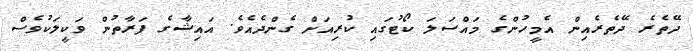
ދޭތެރެ ދޭތެރެއިން އެމީހުންގެ މައްސަލަ ކޯޓުގައި ކުރިއަށް ގެންދެއެވެ. އައިޝާގެ ފަރާތުން ވަކީލަކުވެސް